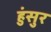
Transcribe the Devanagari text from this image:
हुंसुर